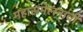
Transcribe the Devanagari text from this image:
महासंमेलनाची